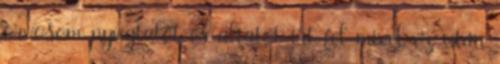
orvosom nyugtatót és altatót írt fel mivel ez után